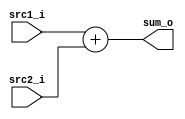
// 109550018 
`timescale 1ns/1ps

module Adder(
    src1_i,
	src2_i,
	sum_o
	);
     
//I/O ports
input  [32-1:0]  src1_i;
input  [32-1:0]	 src2_i;
output [32-1:0]	 sum_o;

//Internal Signals
wire    [32-1:0]	 sum_o;

//Parameter
    
//Main function
assign sum_o = src1_i + src2_i;

endmodule